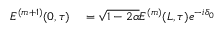
\begin{array} { r l } { E ^ { ( m + 1 ) } ( 0 , \tau ) } & { { } = \sqrt { 1 - 2 \alpha } E ^ { ( m ) } ( L , \tau ) e ^ { - i \delta _ { 0 } } } \end{array}